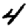
Digit: 4